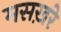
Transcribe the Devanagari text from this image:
मसख़रे